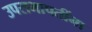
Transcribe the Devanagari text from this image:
उपसभापतींना